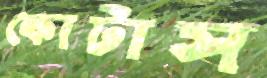
কোটাস